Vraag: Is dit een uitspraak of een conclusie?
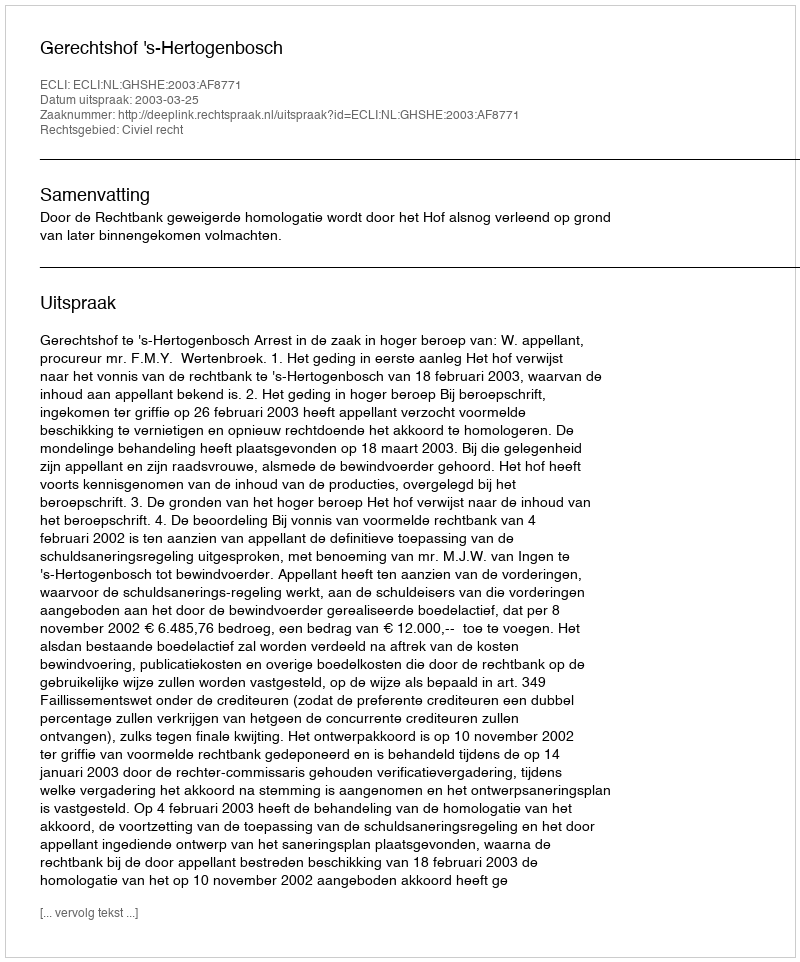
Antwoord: Uitspraak